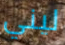
ليني